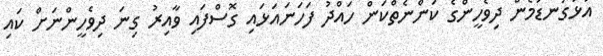
އަޅުގަނޑުމެން ދިވެހީންގެ ކަންނެތްކަން ހައްދު ފަހަނައަޅައި ގޮސްފައި ވާއިރު ގިނަ ދިވެހީންނަށް ކައި